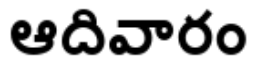
ఆదివారం